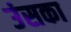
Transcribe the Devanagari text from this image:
उंसका